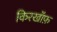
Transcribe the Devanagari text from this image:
किरखॉफ़